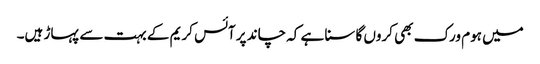
میں ہوم ورک بھی کروں گا سنا ہے کہ چاند پر آئس کریم کے بہت سے پہاڑ ہیں۔